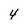
Character: 4